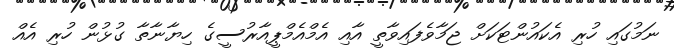
ނަމުގައި ހުރި އެކައުންޓަކަށް ޖަމާވެފައިވާތީ އާއި އެމްއެމްޕީއާރުސީގެ ހިޔާނާތާ ގުޅުން ހުރި އެއް